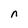
Character: n